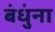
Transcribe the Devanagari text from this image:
बंधुंना